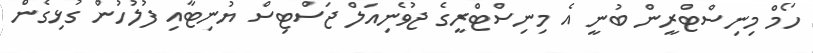
ހޯމް މިނިސްޓްރީން ބުނީ އެ މިނިސްޓްރީގެ ޖުވެނިއަލް ޖަސްޓިސް ޔުނިޓާއި ފުލުހުން ގުޅިގެން